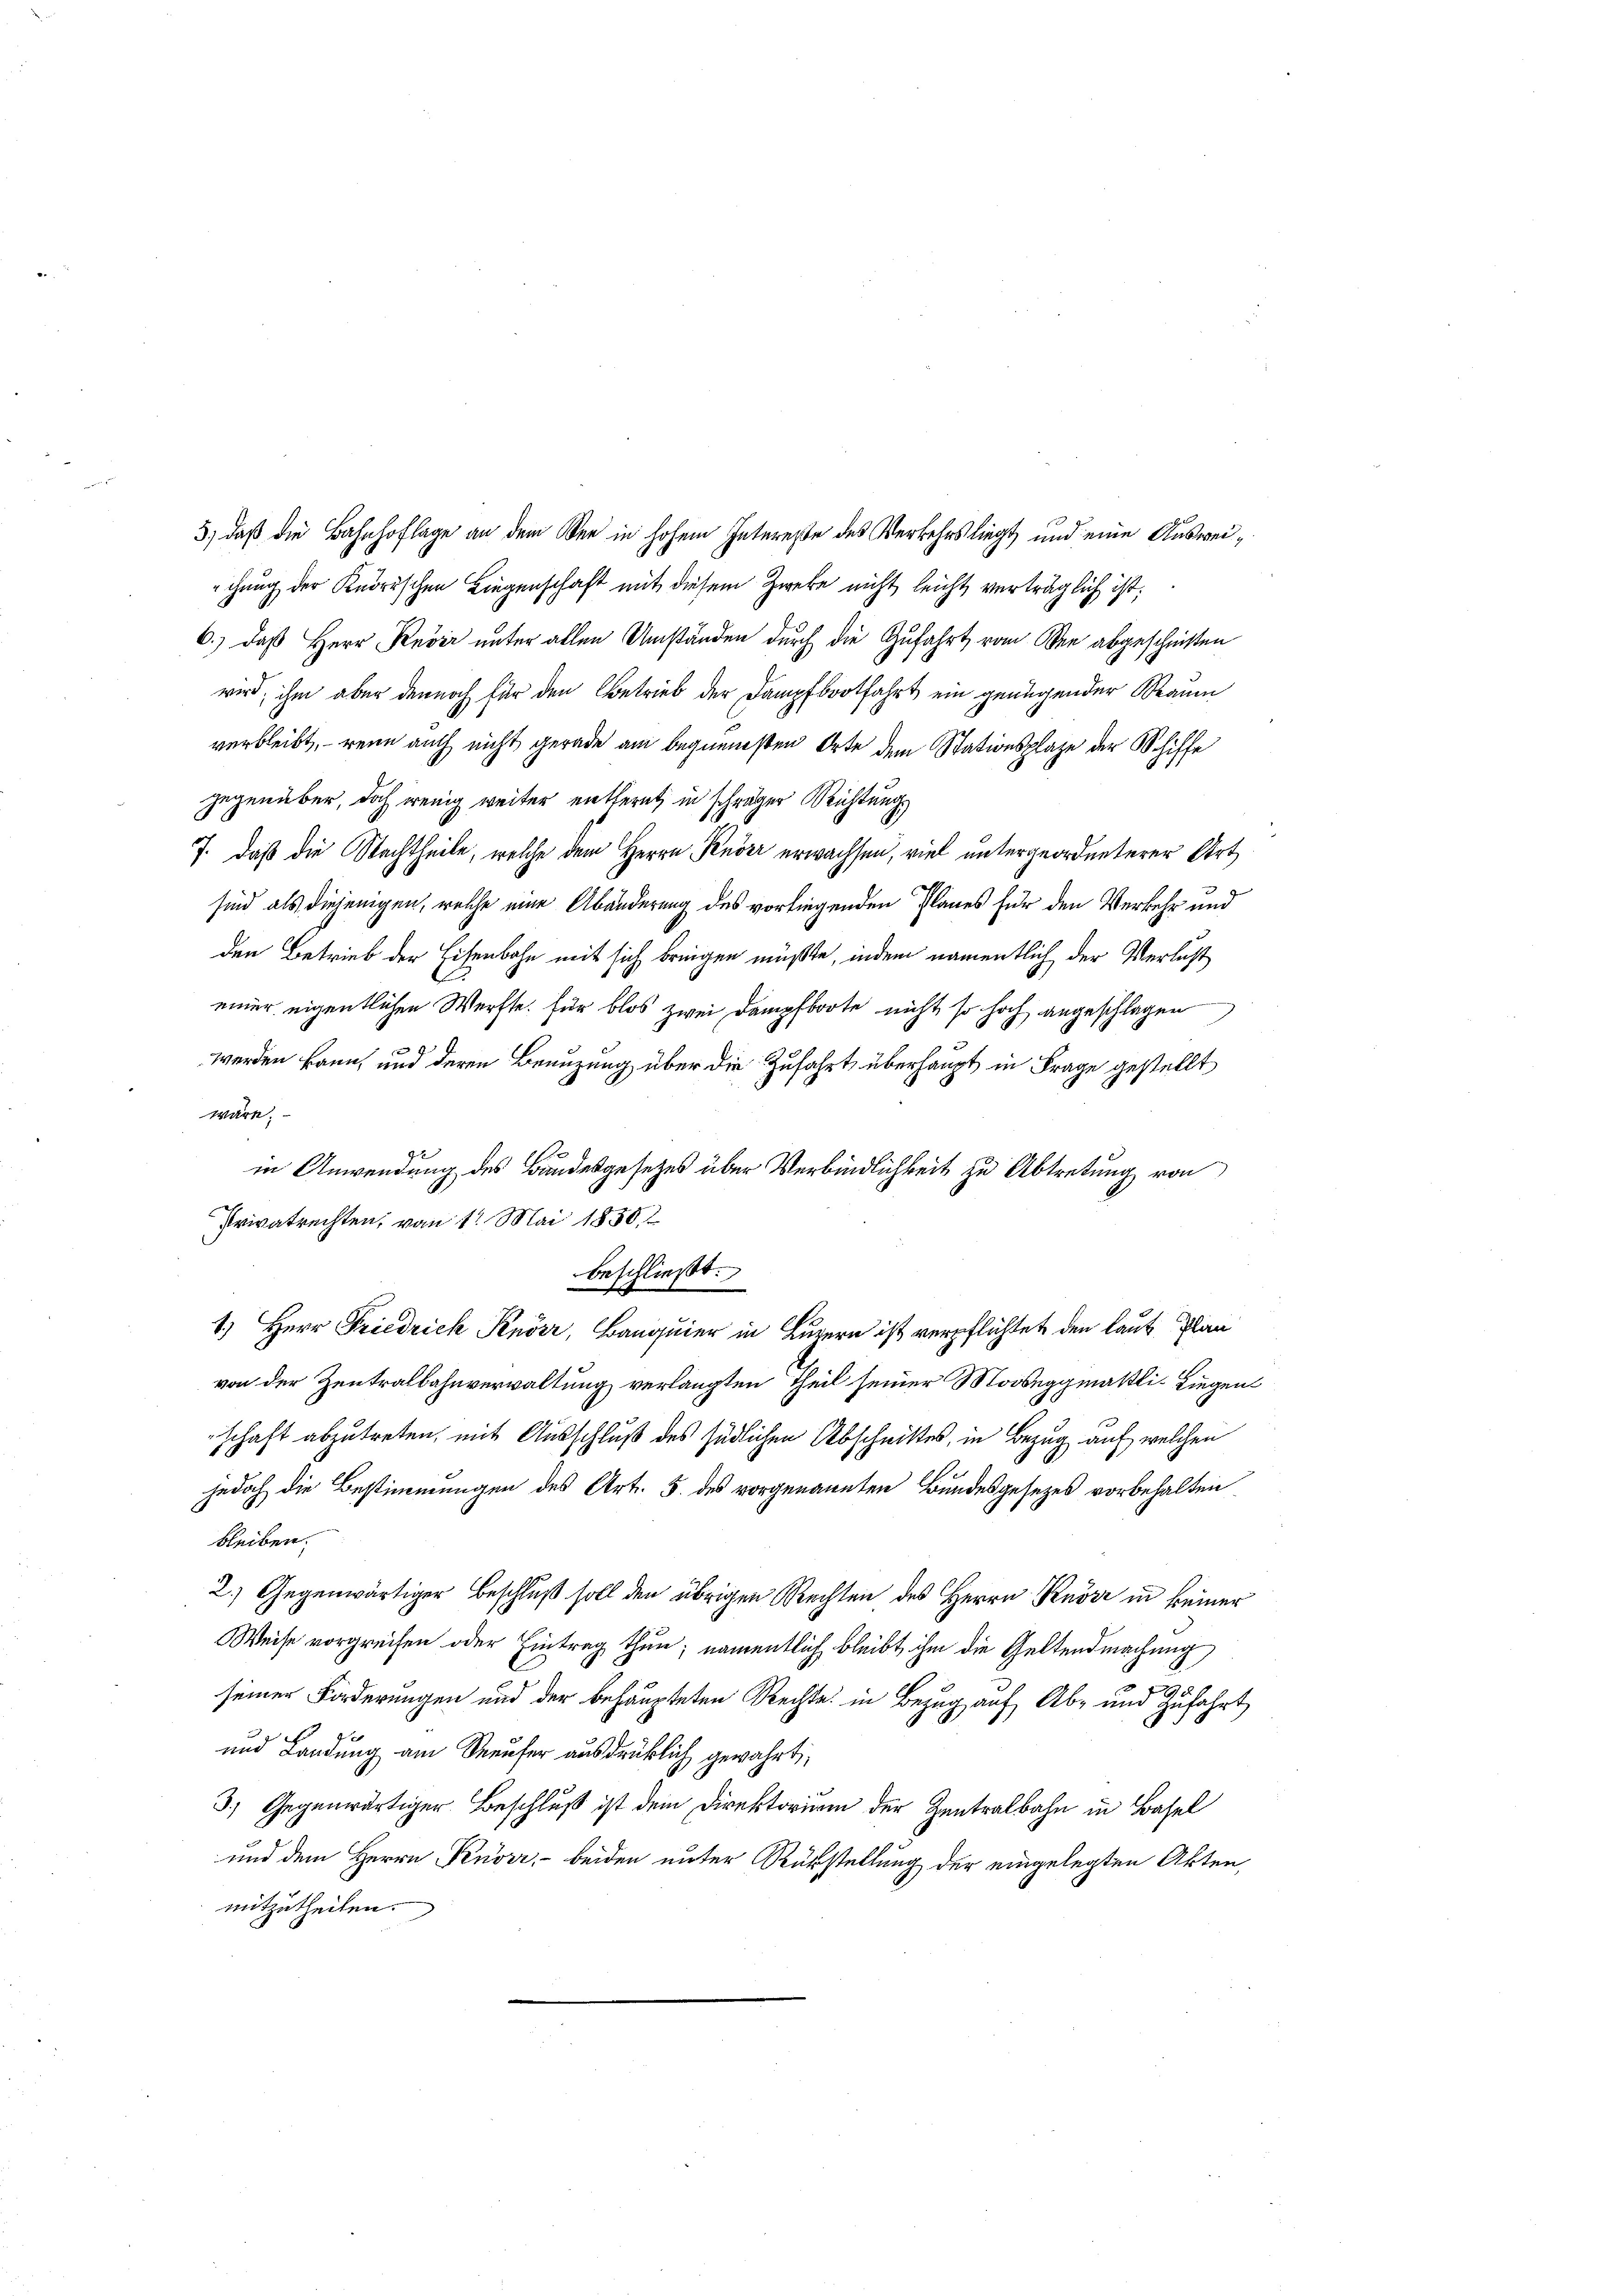
3) daß die Bahnhoflage an dem See in hohem Intereße des Verkehrs liegt und eine Ausweiechung der Knorischen Liegenschaft mit diesem Zweke nicht leicht verträglich ist.
6.) daß Herr Rever unter allen Umständen durch die Zufahrt vom See abgeschriften
wird, ihm aber dennoch für den Betrieb der Dampfbootfahrt ein genügender Raum
verbleibt, – wenn auch nicht gerade am bequensten Orte dem Stationsplaze der Schiffe
gegenüber, doch wenig weiter entfernt, in schräger Richtung
.
7. Daß die Nachtheile, welche dem Herrn Pender erwachsen, viel untergeordneterer Art
sind als diejenigen, welche eine Abänderung des vorliegenden Planes für den Verkehr und
den Betrieb der Eisenbahn mit sich bringen müßte, indem namentlich der Verlust
einer eigentlichen Werfte für blos zwei Dampfboote nicht so hoch angeschlagen
werden kann, und deren Benuzung über die Zufahrt überhaupt in Frage gestellt
wäre.
9
in Anwendung des Bundesgesetzes über Verbindlichkeit zu Abtretung von
Privatrechten, vom 11. Mai 1850
beschließt:
1.) Herr Friedrich Knörr, Banquier in Luzern ist verpflichtet den laut Plan
von der Zentralbahnverwaltung verlangten Theil seiner Mooseggmaßli- Liegenschaft abzutreten, mit Ausschluß des südlichen Abschnittes, in Bezug auf welchen
jedoch die Bestimmungen des Art. 5. des vorgenannten Bundesgesezes vorbehalten
bleiben.
2.) Gegenwärtiger Beschluß soll den übrigen Rechten des Herrn Rede in keiner
Weise vorgreifen oder Eintrag thun; namentlich bleibt ihm die Geltendmachung
.
seiner Forderungen und der behaupteten Rechte in Bezug auf Ab- und Zufahrt
und Landung am Seeufer ausdrüklich gewährt,
3.) Gegenwärtiger Beschluß ist dem Direktorium der Zentralbahn in Basel
und dem Herrn Knorr, - beiden unter Rückstellung der eingelegten Akten,
mitzutheilen.